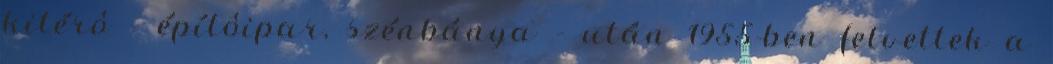
kitérô – építôipar, szénbánya – után 1955-ben felvettek a